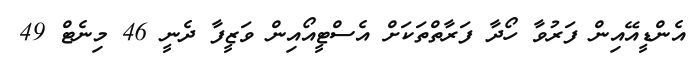
އެންޑީއޭއިން ފަރުވާ ހޯދާ ފަރާތްތަކަށް އެސްޓީއޯއިން ވަޒީފާ ދެނީ 46 މިނެޓް 49